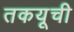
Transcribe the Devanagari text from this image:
तकयूची